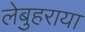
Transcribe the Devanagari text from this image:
लेबुहराया